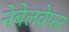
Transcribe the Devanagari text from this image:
नेबेलवेफर